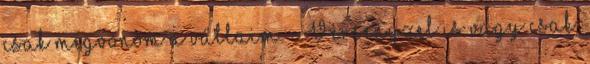
csak megvonom a vállaim. - Versenyzel is vagy csak.